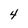
Character: 4